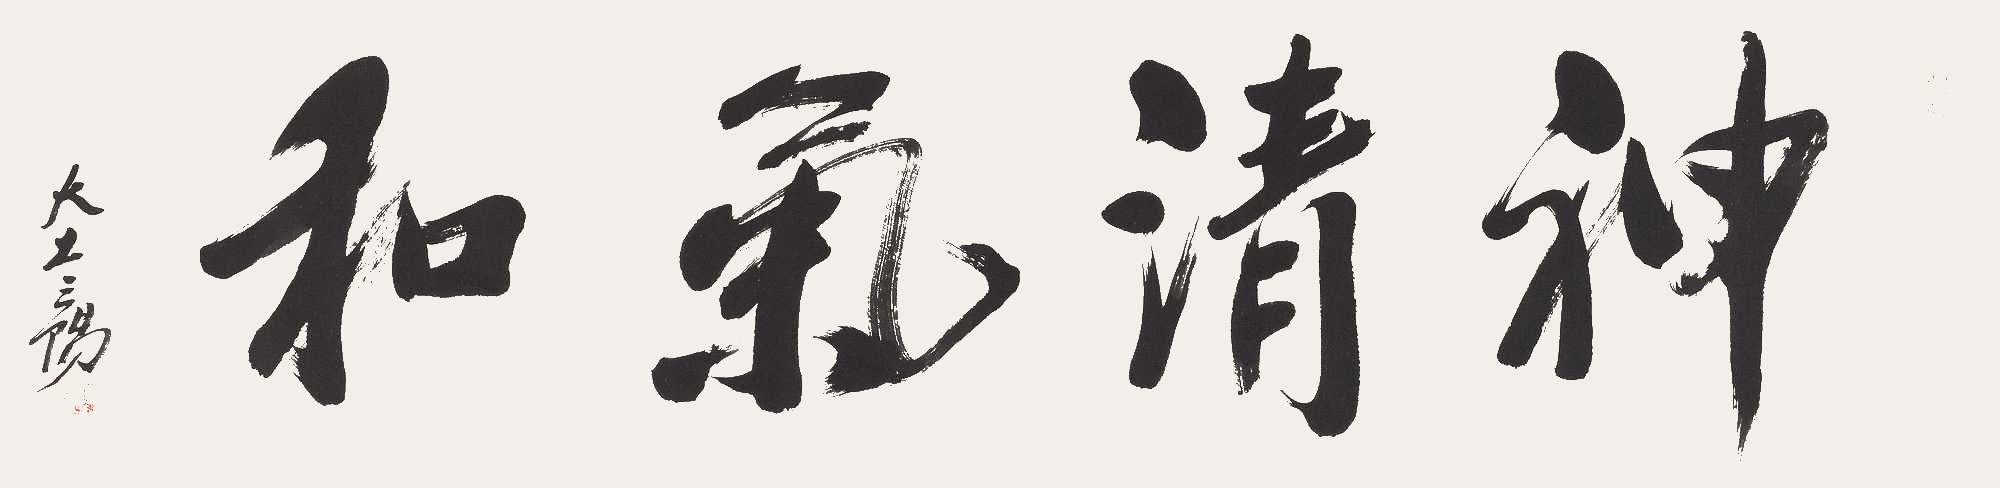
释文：神清气和大土三阳。